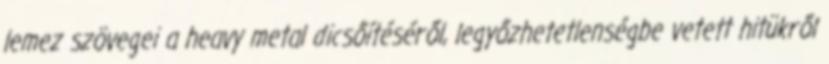
lemez szövegei a heavy metal dicsőítéséről, legyőzhetetlenségbe vetett hitükről